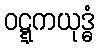
ဝဋ္ဋကယုဒ္ဓံ